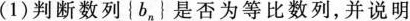
(1)判断数列{b_n}是否为等比数列，并说明